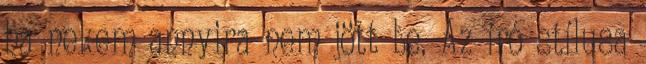
ha nekem annyira nem jött be. Az író stílusa